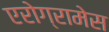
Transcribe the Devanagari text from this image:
एरोग्रामेस